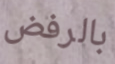
بالرفض